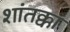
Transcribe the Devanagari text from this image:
शांतक्का